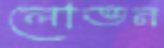
লোভন